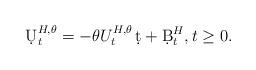
LaTeX: \begin{align*}\d U^{H,\theta}_t = -\theta U^{H,\theta}_t\, \d t + \d B^H_t, t\ge 0.\end{align*}